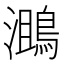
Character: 𪂔